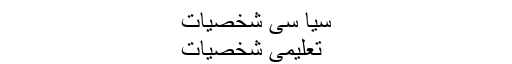
سیا سی شخصیات
تعلیمی شخصیات